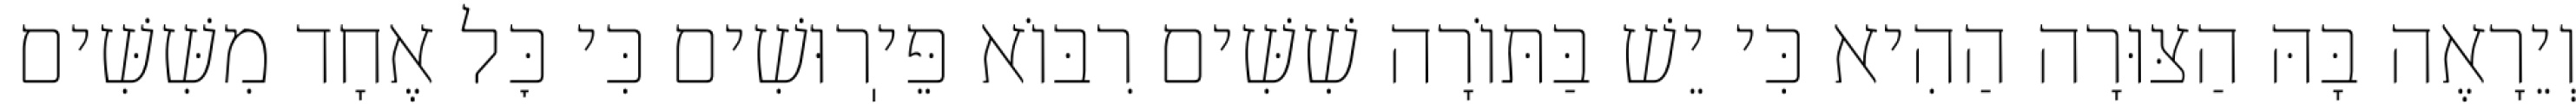
וְיֵרָאֶה בָּהּ הַצּוּרָה הַהִיא כִּי יֵשׁ בַּתּוֹרָה שִׁשִּׁים רִבּוֹא פֵּיֽרוּשִׁים כִּי כׇּל אֶחָד מִשִּׁשִּׁים